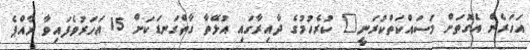
އަހަރެން އެގޮތަށް މަސައްކަތްކުރަނީ" ކުރެހުމުގެ ދާއިރާގައި އުޅޭތާ ގާތްގަނޑަކަށް 15 އަހަރުވެފައިވާ ރާއްޕެ